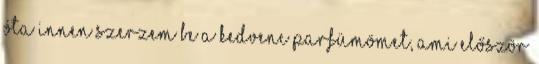
óta innen szerzem be a kedvenc parfümömet, ami először